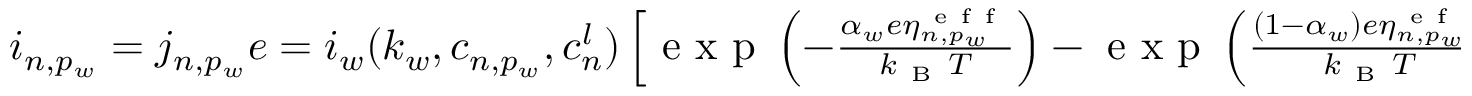
\begin{array} { r } { i _ { n , p _ { w } } = j _ { n , p _ { w } } e = i _ { w } ( k _ { w } , c _ { n , p _ { w } } , c _ { n } ^ { l } ) \left[ \mathrm { ~ e ~ x ~ p ~ } \left( - \frac { \alpha _ { w } e \eta _ { n , p _ { w } } ^ { \mathrm { ~ e ~ f ~ f ~ } } } { k _ { \mathrm { ~ B ~ } } T } \right) - \mathrm { ~ e ~ x ~ p ~ } \left( \frac { ( 1 - \alpha _ { w } ) e \eta _ { n , p _ { w } } ^ { \mathrm { ~ e ~ f ~ f ~ } } } { k _ { \mathrm { ~ B ~ } } T } \right) \right] } \end{array}